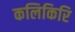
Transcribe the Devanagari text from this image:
कलिकिरि